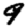
Digit: 9